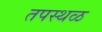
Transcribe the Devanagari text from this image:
तपस्थळ